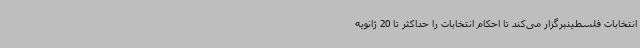
انتخابات فلسطینبرگزار می‌کند تا احکام انتخابات را حداکثر تا 20 ژانویه